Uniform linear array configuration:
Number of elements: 12
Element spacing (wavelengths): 0.5
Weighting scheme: exponential
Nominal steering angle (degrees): -60
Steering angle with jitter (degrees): -60.537
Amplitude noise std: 0.05
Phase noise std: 0.05

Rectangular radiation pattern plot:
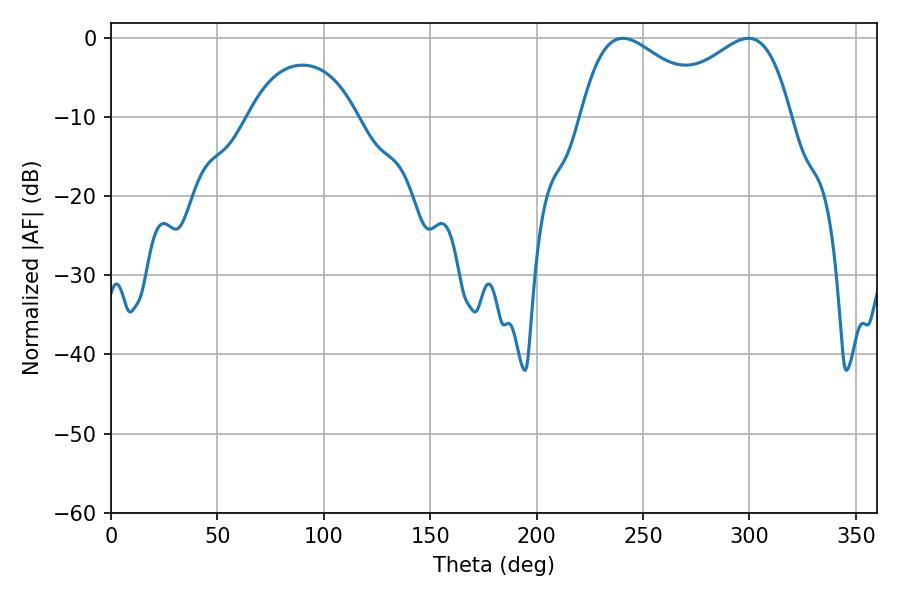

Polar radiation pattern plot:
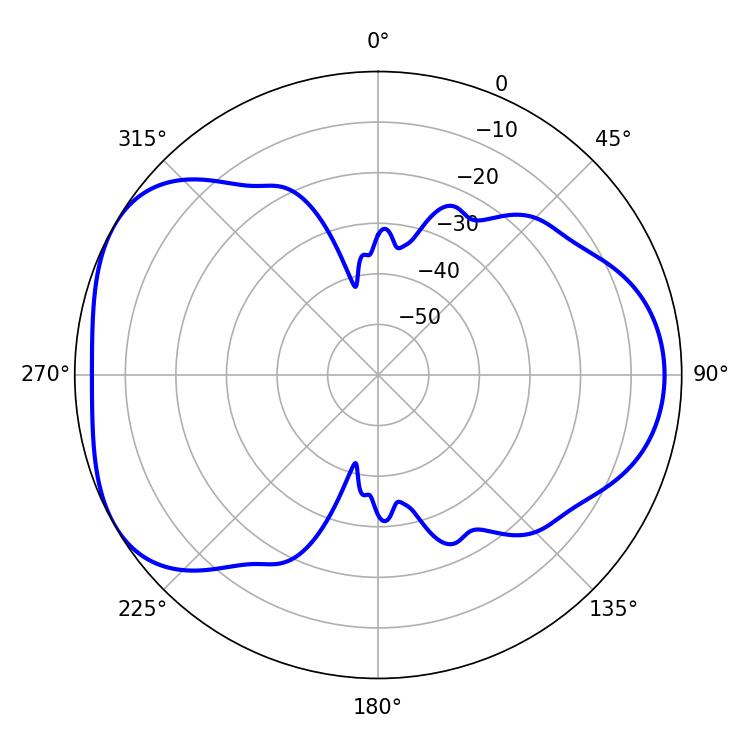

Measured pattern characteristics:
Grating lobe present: FALSE
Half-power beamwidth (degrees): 34.2
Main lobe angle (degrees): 240.48